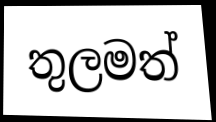
තුලමත්